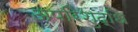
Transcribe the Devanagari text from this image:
अपरिशुद्धि